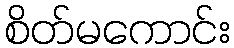
စိတ်မကောင်း